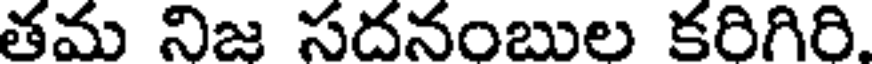
తమ నిజ సదనంబుల కరిగిరి.